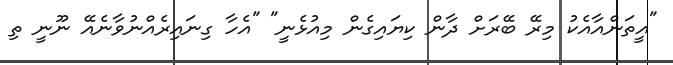
"އީތަންއާއެކު މިރޭ ބޭރަށް ދާން ކިޔައިގެން މިއުޅެނީ" "އެހާ ގިނައިރެއްނުވާނެއޭ ނޫނީ ތި